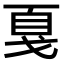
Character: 戛